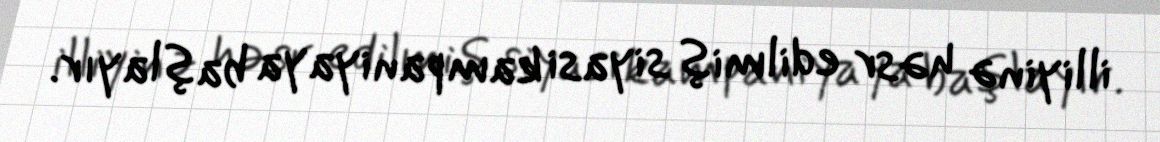
illiyinə həsr edilmiş siyasi kampaniyaya başlayır.